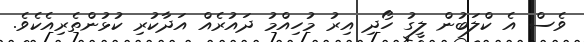
ވެސް އެ ކްލަބުން ލީގު ހޯދި އިރު މުހިއްމު ދައުރެއް އަދާކުރި ކުޅުންތެރިއެކެވެ.